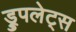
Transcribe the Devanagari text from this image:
ड्रुपलेट्स